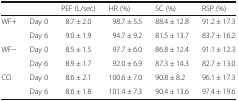
| <COLSPAN=2>  | PEF (L/sec) | HR (%) | SC (%) | RSP (%) |
 | --- | --- | --- | --- | --- | --- |
 | <ROWSPAN=2> WF+ | Day 0 | 8.7 ± 2.0 | 98.7 ± 5.5 | 88.4 ± 12.8 | 91.2 ± 17.3 |
 | Day 6 | 9.0 ± 1.9 | 94.7 ± 9.2 | 81.5 ± 13.7 | 83.7 ± 16.2 |
 | <ROWSPAN=2> WF− | Day 0 | 8.5 ± 1.5 | 97.7 ± 6.0 | 86.8 ± 12.4 | 91.1 ± 12.3 |
 | Day 6 | 8.9 ± 1.7 | 92.0 ± 6.9 | 87.3 ± 14.3 | 82.7 ± 13.0 |
 | <ROWSPAN=2> CO | Day 0 | 8.6 ± 2.1 | 100.6 ± 7.0 | 90.8 ± 8.2 | 96.1 ± 17.3 |
 | Day 6 | 8.6 ± 1.8 | 101.4 ± 7.3 | 90.4 ± 13.6 | 97.4 ± 19.6 |